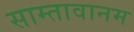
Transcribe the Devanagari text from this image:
साम्तावानम